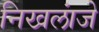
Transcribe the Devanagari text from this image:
निखलांजे